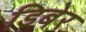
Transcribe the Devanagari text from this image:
डिबेर